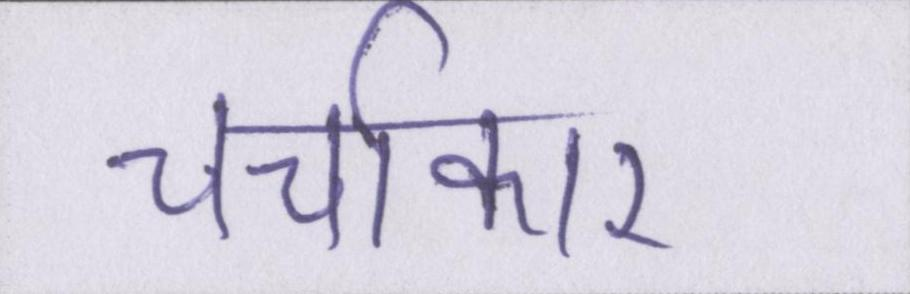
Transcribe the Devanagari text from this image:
चर्चाकार